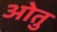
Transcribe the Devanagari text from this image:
ओतु